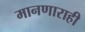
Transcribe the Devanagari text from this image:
मानणाराही